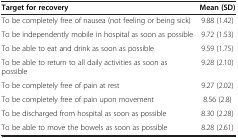
<table><thead><tr><td><b>Target for recovery</b></td><td><b>Mean (SD)</b></td></tr></thead><tbody><tr><td>To be completely free of nausea (not feeling or being sick)</td><td>9.88 (1.42)</td></tr><tr><td>To be independently mobile in hospital as soon as possible</td><td>9.72 (1.53)</td></tr><tr><td>To be able to eat and drink as soon as possible</td><td>9.59 (1.75)</td></tr><tr><td>To be able to return to all daily activities as soon as possible</td><td>9.28 (2.10)</td></tr><tr><td>To be completely free of pain at rest</td><td>9.27 (2.02)</td></tr><tr><td>To be completely free of pain upon movement</td><td>8.56 (2.8)</td></tr><tr><td>To be discharged from hospital as soon as possible</td><td>8.30 (2.28)</td></tr><tr><td>To be able to move the bowels as soon as possible</td><td>8.28 (2.61)</td></tr></tbody></table>